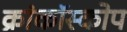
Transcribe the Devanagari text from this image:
क्रांकॉस्कोप